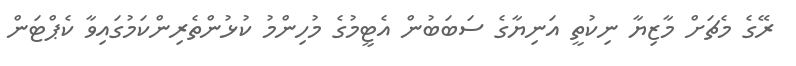
ރޭގެ މެޗަށް މާޒިޔާ ނިކުތީ އަނިޔާގެ ސަބަބުން އެޓީމުގެ މުހިންމު ކުޅުންތެރިންކަމުގައިވާ ކެޕްޓަން